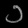
Digit: ၁